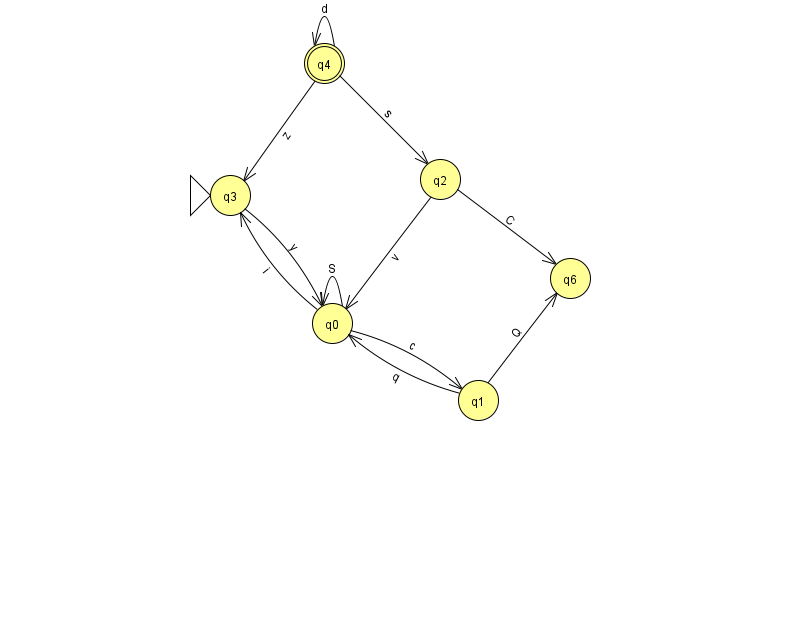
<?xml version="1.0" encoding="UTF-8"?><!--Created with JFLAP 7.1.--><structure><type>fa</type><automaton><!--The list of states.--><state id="0" name="q0"><x>332.0</x><y>310.0</y></state><state id="1" name="q1"><x>478.0</x><y>387.0</y></state><state id="2" name="q2"><x>440.0</x><y>166.0</y></state><state id="3" name="q3"><x>230.0</x><y>182.0</y><initial/></state><state id="4" name="q4"><x>324.0</x><y>50.0</y><final/></state><state id="6" name="q6"><x>570.0</x><y>265.0</y></state><!--The list of transitions.--><transition><from>0</from><to>3</to><read>i</read></transition><transition><from>2</from><to>6</to><read>C</read></transition><transition><from>3</from><to>0</to><read>y</read></transition><transition><from>4</from><to>3</to><read>z</read></transition><transition><from>0</from><to>0</to><read>S</read></transition><transition><from>4</from><to>4</to><read>d</read></transition><transition><from>0</from><to>1</to><read>c</read></transition><transition><from>1</from><to>0</to><read>q</read></transition><transition><from>2</from><to>0</to><read>v</read></transition><transition><from>1</from><to>6</to><read>Q</read></transition><transition><from>4</from><to>2</to><read>s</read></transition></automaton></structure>